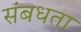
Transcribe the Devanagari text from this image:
संबधता